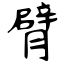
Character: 臂